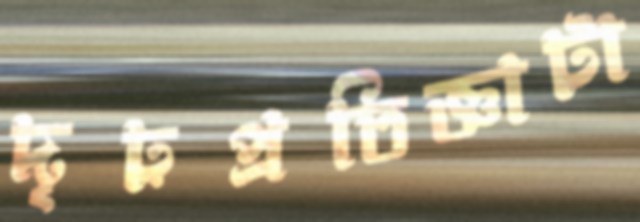
দৃঢ়প্রতিজ্ঞাটা